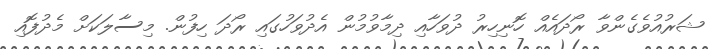
ޝަރުއުވެގެންވާ ރޯދައެއް ހޮނިހިރު ދުވަހާއި ދިމާވުމުން އެދުވަހުގައި ރޯދަ ހިފުން. މިސާލަކަށް މެދުފޮއި